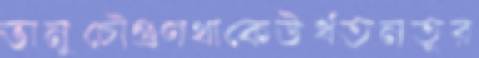
ভানুচৌগুণথাকেউর্ধতনতুর